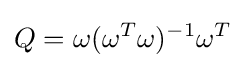
Q=\omega (\omega ^{T}\omega )^{-1}\omega ^{T}